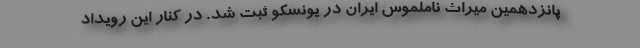
پانزدهمین میراث ناملموس ایران در یونسکو ثبت شد. در کنار این رویداد